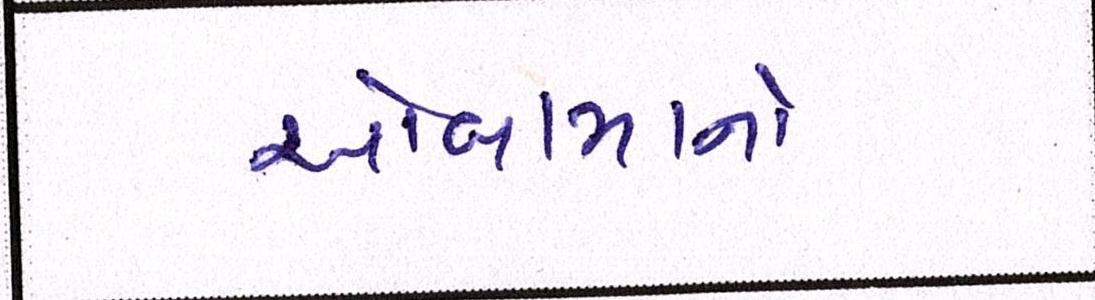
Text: ઓબામાનો